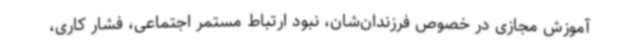
آموزش مجازی در خصوص فرزندان‌شان، نبود ارتباط مستمر اجتماعی، فشار کاری،